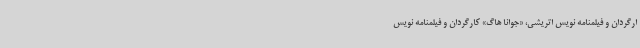
ارگردان و فیلمنامه نویس اتریشی، «جوانا هاگ» کارگردان و فیلمنامه نویس